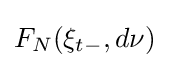
F_{N}(\xi _{t-},d\nu )